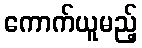
ကောက်ယူမည့်